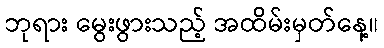
ဘုရား မွေးဖွားသည့် အထိမ်းမှတ်နေ့။